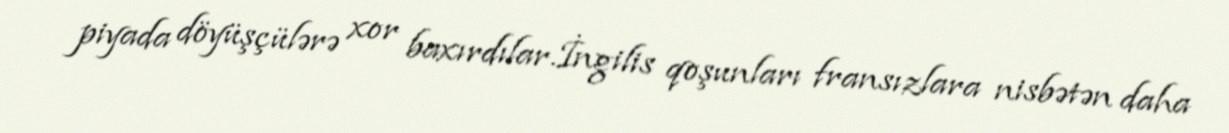
piyada döyüşçülərə xor baxırdılar.İngilis qoşunları fransızlara nisbətən daha